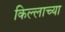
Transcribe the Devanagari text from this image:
किल्लाच्या